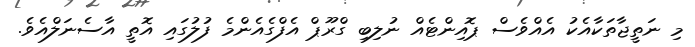
މި ނަތީޖާތަކާއެކު އެއްވެސް ޕޮއިންޓެއް ނުލިބި ގްރޫޕް އެފްގެއެންމެ ފުލުގައި އޮތީ އާސެނަލްއެވެ.